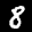
Label: 8